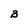
Character: B